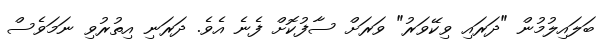
ބަލައިލުމުން "ދަރައި ވިކޭވަރު" ވަރަށް ސާފުކޮށް ފެނެ އެވެ. ދަރަނި އިތުރުވި ނަމަވެސް